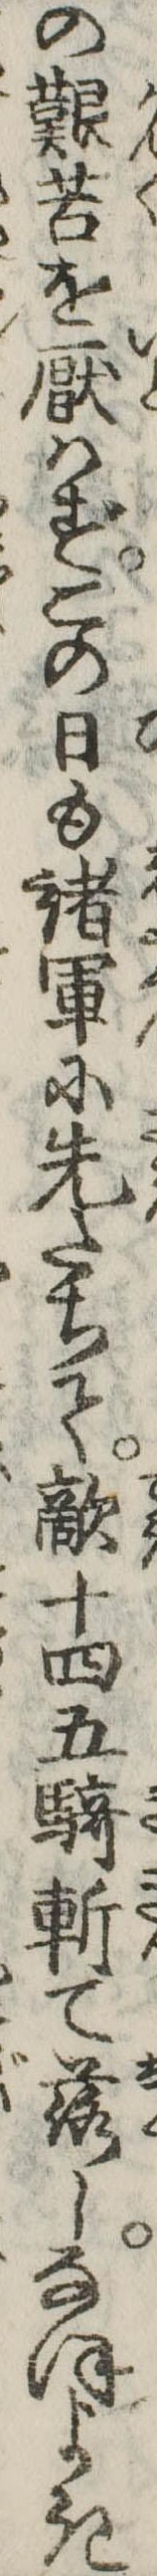
の艱苦を厭はずこの日も諸軍に先たちて敵十四五騎斬て落しなほよき